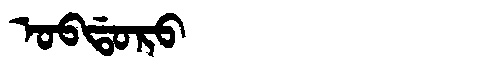
Manchu: ᠣᠪᡩᠣᡵᠣ
Romanization: OBDORO